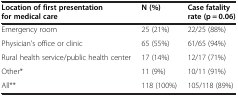
| Location of first presentation for medical care | N (%) | Case fatality rate (p = 0.06) |
 | --- | --- | --- |
 | Emergency room | 25 (21%) | 22/25 (88%) |
 | Physician’s office or clinic | 65 (55%) | 61/65 (94%) |
 | Rural health service/public health center | 17 (14%) | 12/17 (71%) |
 | Other* | 11 (9%) | 10/11 (91%) |
 | All** | 118 (100%) | 105/118 (89%) |